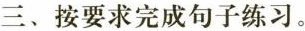
三、按要求完成句子练习。